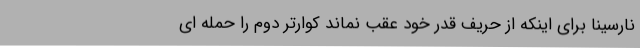
نارسینا برای اینکه از حریف قدر خود عقب نماند کوارتر دوم را حمله ای